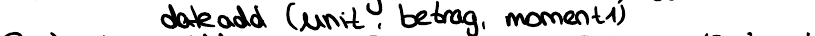
dateadd (unit, betrag, moment1)